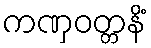
ကဏှဝတ္တနိံ